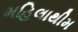
મહિલાથીમ